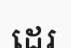
ដេរ